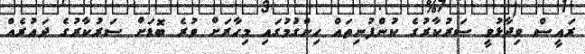
ރައީސް ވިދާޅުވީ ސަރުކާރުގެ ކުންފުނިތައް ހިންގުމުގައި މިހާރަށް ވުރެ ބޮޑަށް ސަރުކާރުގެ ދައުރެއް